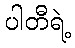
ပါတီရဲ့